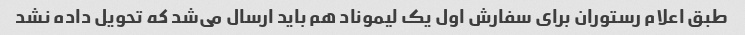
طبق اعلام رستوران برای سفارش اول یک لیموناد هم باید ارسال می‌شد که تحویل داده نشد